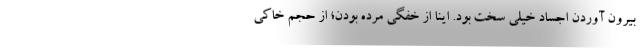
بيرون آوردن اجساد خيلي سخت بود. اينا از خفگي مرده بودن؛ از حجم خاكي